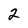
Character: 2